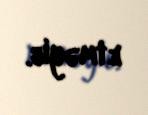
etməyib.